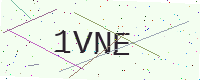
Text: 1VNE